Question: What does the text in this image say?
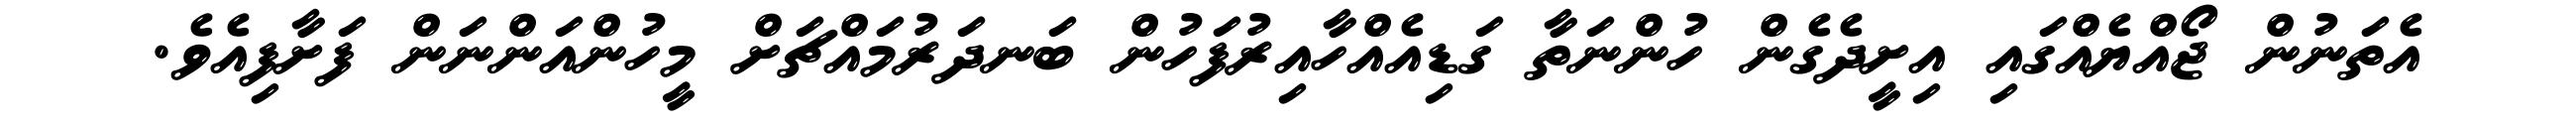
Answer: އެތަނުން ޖޯއްޔެއްގައި އިށީދެގެން ހުންނަތާ ގަޑިއެއްހާއިރުފަހުން ބަނދަރުމައްޗަށް މީހުންއަންނަން ފަށާފިއެވެ.